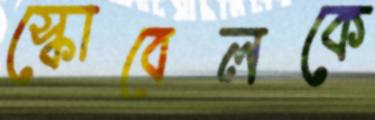
স্কোবেলকে